Indian journal of veterinary science and animal husbandry - Volume 3,
Year: 1933
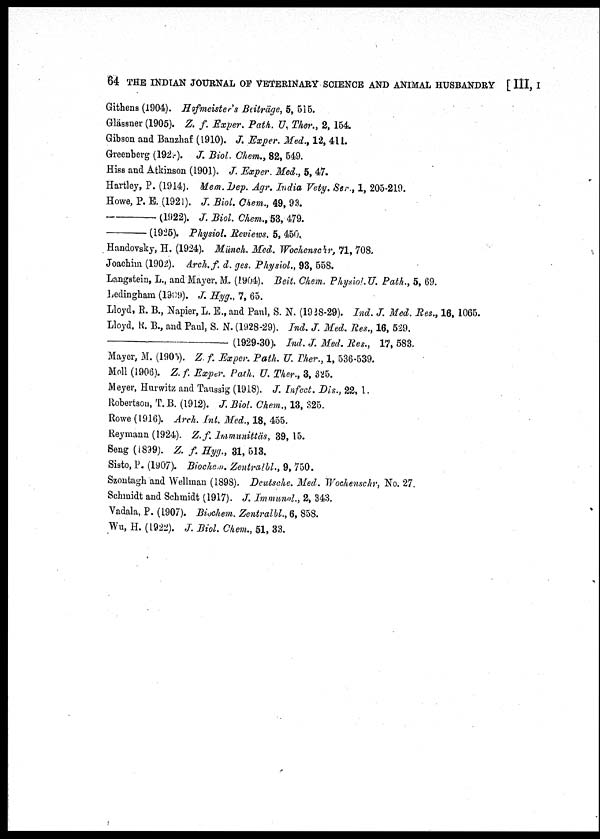
64 THE INDIAN JOURNAL OF VETERINARY SCIENCE AND ANIMAL HUSBANDRY [ III, I
Githens (1904). Hefmeister's Beiträge, 5, 515.
Glässner (1905). Z. f. Exper. Path. U, Ther., 2, 154.
Gibson and Banzhaf (1910). J. Exper. Med., 12, 411.
Greenberg (1923). J. Biol. Chem., 82, 549.
Hiss and Atkinson (1901). J. Exper. Med., 5, 47.
Hartley, P. (1914). Mem. Dep. Agr. India Vety. Ser., 1, 205-219.
Howe, P. E. (1921). J. Biol. Chem., 49, 93.
—
(1922).
J. Biol. Chem., 53, 479.
—
(1925). Physiol. Reviews. 5, 450.
Handovsky, H. (1924). Münch. Med. Wochenschr, 71, 708.
Joachim (1902). Arch.f. d. ges. Physiol., 93, 558.
Langstein, L., and Mayer, M. (1904). Beit. Chem. Physiol.U. Path., 5, 69.
Ledingham (1909). J. Hyg., 7, 65.
Lloyd, R. B., Napier, L. E., and Paul, S. N. (1938-29). Ind. J. Med. Res., 16, 1065.
Lloyd, R. B., and Paul, S. N. (1928-29). Ind. J. Med. Res., 16, 529.
—
(1929-30). Ind. J. Med. Res., 17, 583.
Mayer, M. (1905). Z. f. Exper. Path. XI. Pher., 1, 536-539.
Moll (1906). Z. f. Exper. Path. U. Ther., 3, 325.
Meyer, Hurwitz and Taussig (1918). J. Infect. Dis., 22, 1.
Robertson, T. B. (1912). J. Biol. Chem., 13, 325.
Rowe (1916). Arch. Int. Med., 18, 455.
Reymann (1924). Z.f. Immunittäs, 39, 15.
Seng (1899). Z. f. Hyg., 31, 513.
Sisto, P. (1907). Biochem. Zentralbl, 9, 750.
Szontagh and Wellman (1898). Deutsche. Med. Wochenschr, No. 27.
Schmidt and Schmidt (1917). J. Immunol., 2, 343.
Vadala, P. (1907). Biochem. Zentralbl., 6, 858.
Wu, H. (1922). J. Biol. Chem., 51, 33.